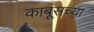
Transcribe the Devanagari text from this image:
काबूसच्या